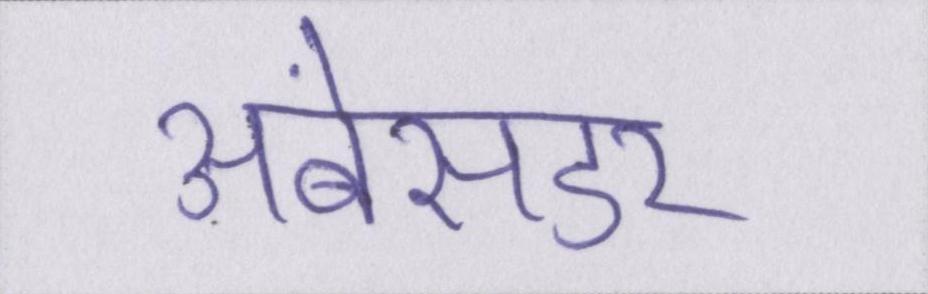
अंबेसडर